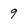
Character: 9